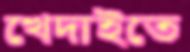
খেদাইতে